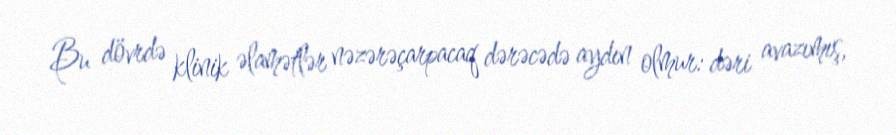
Bu dövrdə klinik əlamətlər nəzərəçarpacaq dərəcədə aydın olmur: dəri avazımış,